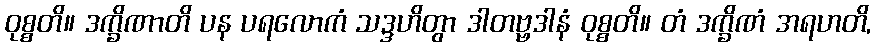
ဝုစ္စတိ။ ဒက္ခိဏာတိ ပန ပရလောကံ သဒ္ဒဟိတွာ ဒါတဗ္ဗဒါနံ ဝုစ္စတိ။ တံ ဒက္ခိဏံ အရဟတိ,